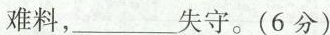
难料，___失守。(6分)